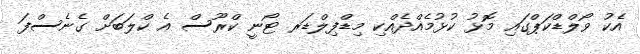
އެކު ވޯލްޑްކަޕްގައި މޮޅު ކުޅުމެއްދެއްކި މިޑްފިލްޑަރ ޓޯނީ ކްރޫސް އެ ކްލަބަށް ގެނެސްފަ